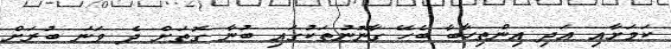
ކަމަށާއި އަދި އިންތިހާބާ ބެހޭ ގާނޫނުތަކުގައި ބުނާ ގޮތަށް ދެ ވަނަ ބުރަށް